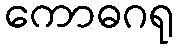
ကောဓဂရု